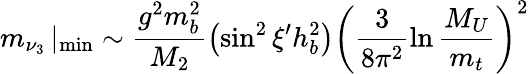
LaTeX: m_{\nu_{3}}\left|_{\mathrm{min}}\right.\sim\frac{g^{2}m_{b}^{2}}{M_{2}}\left(\sin^{2}\xi^{\prime}h_{b}^{2}\right)\left(\frac 3{8\pi^{2}}\ln\frac{M_{U}}{m_{t}}\right)^{2}